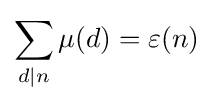
\sum _{d|n}\mu (d)=\varepsilon (n)